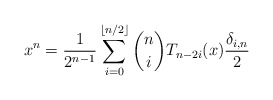
\begin{align*} x^n = \frac{1}{2^{n-1}} \sum_{i=0}^{\lfloor n/2 \rfloor} {n \choose i} T_{n - 2i}(x) \frac{\delta_{i,n}}{2} \end{align*}